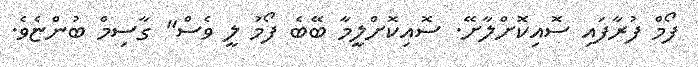
ފޯމް ފުރާފައި ސޮއިކޮށްލާށޭ. ސޮއިކޮށްލީމާ ބޭބެ ފޯމު ލީ ވެސް" ގާސިމް ބުންޏެވެ.